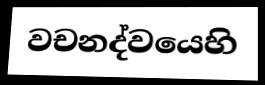
වචනද්වයෙහි